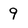
Character: 9